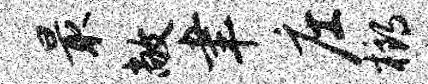
最敞聿庄榔